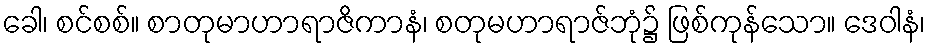
ခေါ၊ စင်စစ်။ စာတုမာဟာရာဇိကာနံ၊ စတုမဟာရာဇ်ဘုံ၌ ဖြစ်ကုန်သော။ ဒေဝါနံ၊